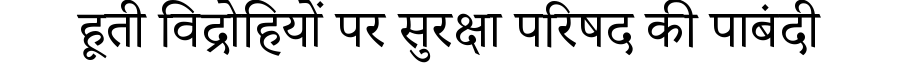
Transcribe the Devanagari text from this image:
हूती विद्रोहियों पर सुरक्षा परिषद की पाबंदी